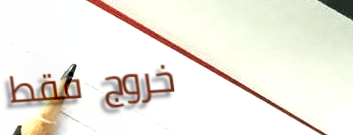
خروج فقط